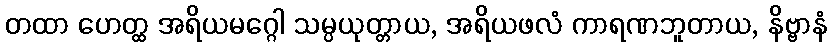
တထာ ဟေတ္ထ အရိယမဂ္ဂေါ သမ္ပယုတ္တာယ, အရိယဖလံ ကာရဏဘူတာယ, နိဗ္ဗာနံ